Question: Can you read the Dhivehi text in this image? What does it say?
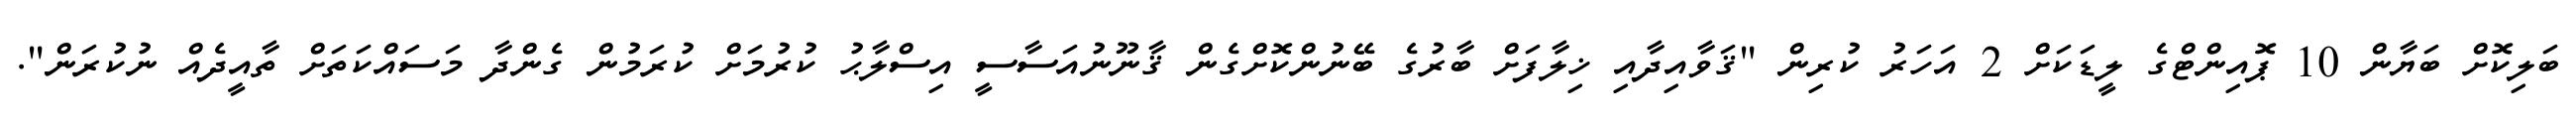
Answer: ބަލިކޮށް ބަޔާން 10 ޕޮއިންޓްގެ ލީޑަކަށް 2 އަހަރު ކުރިން "ޤަވާއިދާއި ޚިލާފަށް ބާރުގެ ބޭނުންކޮށްގެން ޤާނޫނުއަސާސީ އިސްލާޙު ކުރުމަށް ކުރަމުން ގެންދާ މަސައްކަތަށް ތާއީދެއް ނުކުރަން".